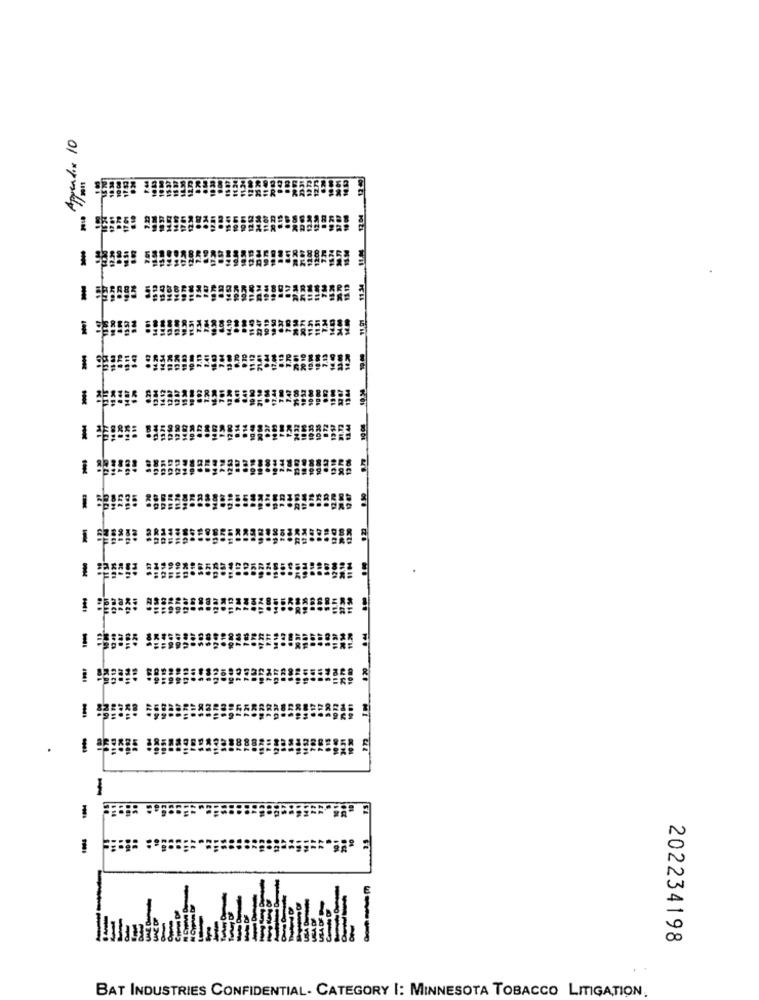
Appendix 10
-
-
1
-
-
-
-
1
202234198
BAT INDUSTRIES CONFIDENTIAL- CATEGORY I: MINNESOTA TOBACCO LITIGATION.